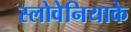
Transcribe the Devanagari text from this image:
स्लोवेनियाके